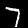
Digit: 7